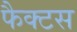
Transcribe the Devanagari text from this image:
फैक्टस